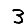
Digit: 3